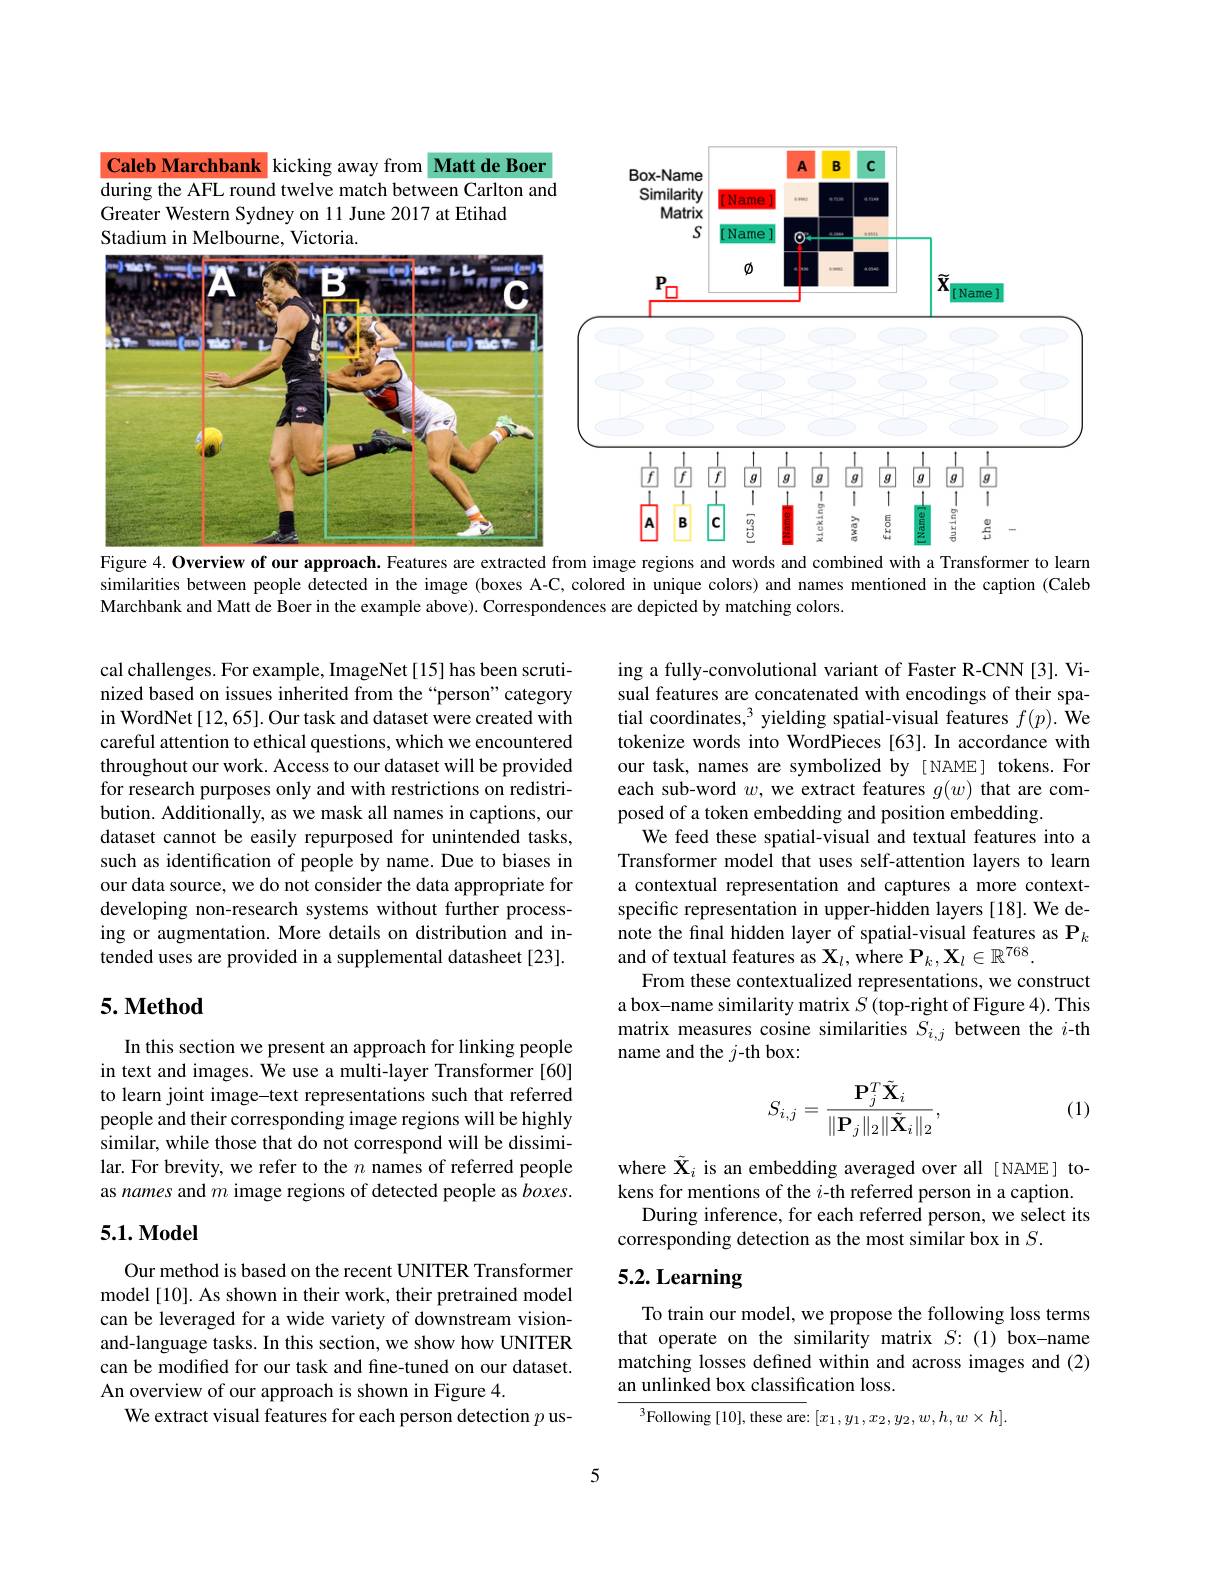
<FigureHere>

Figure 4. Overview of our approach. Features are extracted from image regions and words and combined with a Transformer to learn

similarities between people detected in the image (boxes A-C, colored in unique colors) and names mentioned in the caption (Caleb
Marchbank and Matt de Boer in the example above). Correspondences are depicted by matching colors.

cal challenges. For example, ImageNet[15] has been scrutinized based on issues inherited from the “person”category in WordNet [12,65]. Our task and dataset were created with careful attention to ethical questions, which we encountered throughout our work. Access to our dataset will be provided for research purposes only and with restrictions on redistribution. Additionally, as we mask all names in captions, our dataset cannot be easily repurposed for unintended tasks, such as identification of people by name. Due to biases in our data source, we do not consider the data appropriate for developing non-research systems without further processing or augmentation. More details on distribution and intended uses are provided in a supplemental datasheet [23].

ing a fully-convolutional variant of Faster R-CNN [3]. Visual features are concatenated with encodings of their spatial coordinates,$^3$ yielding spatial-visual features $f(p).$ We tokenize words into WordPieces [63]. In accordance with our task, names are symbolized by [ NAME] tokens. For each sub-word $w$, we extract features $g(w)$ that are composed of a token embedding and position embedding
We feed these spatial-visual and textual features into a Transformer model that uses self-attention layers to learn a contextual representation and captures a more contextspecific representation in upper-hidden layers [18]. We denote the final hidden layer of spatial-visual features as $\mathbf{P}_k$ and of textual features as $\mathbf{X}_l$, where $\mathbf{P}_k,\mathbf{X}_l\in\mathbb{R}^{768}.$
From these contextualized representations, we construct a box-name similarity matrix $S$ (top-right of Figure 4). This matrix measures cosine similarities $S_{i,j}$ between the $i$-th name and the $j$-th box:

## $5. \textbf{Method}$
$$S_{i,j}=\frac{\mathbf{P}_{j}^{T}\tilde{\mathbf{X}}_{i}}{\|\mathbf{P}_{j}\|_{2}\|\tilde{\mathbf{X}}_{i}\|_{2}},$$
(1)

In this section we present an approach for linking people in text and images. We use a multi-layer Transformer [60] to learn joint image-text representations such that referred people and their corresponding image regions will be highly similar, while those that do not correspond will be dissimilar. For brevity, we refer to the $n$ names of referred people as names and $m$ image regions of detected people as boxes.

where $\tilde{\mathbf{X}}_i$ is an embedding averaged over all [NAME] to-

kens for mentions of the $i$-th referred person in a caption.
During inference, for each referred person, we select its
corresponding detection as the most similar box in $S.$

## 5.1.Model

# 5.2. Learning

Our method is based on the recent UNITER Transformer model [10]. As shown in their work, their pretrained model can be leveraged for a wide variety of downstream visionand-language tasks. In this section, we show how UNITER can be modified for our task and fine-tuned on our dataset. An overview of our approach is shown in Figure 4.
We extract visual features for each person detection $p$ us-

To train our model, we propose the following loss terms that operate on the similarity matrix $S{:}(1)$ box-name matching losses defined within and across images and (2) an unlinked box classification loss.

$^3$Following [10], these are: [$x_1,y_1,x_2,y_2,w,h,w\times h].$

5